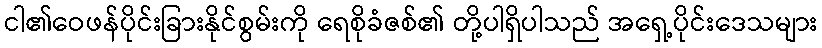
ငါ၏ဝေဖန်ပိုင်းခြားနိုင်စွမ်းကို ရေစိုခံဇစ်၏ တို့ပါရှိပါသည် အရှေ့ပိုင်းဒေသများ